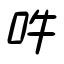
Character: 吽